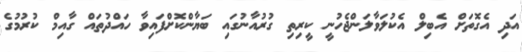
އަދި އެގޮތަށް އެބިލް އެކުލަވާލަންޖެހުނީ ކީރިތި ގުރުއާނުގައި ބަޔާންކޮށްފައިވާ ހައްދުތައް ގާއިމް ކުރުމުގެ